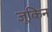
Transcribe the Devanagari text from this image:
जूकिन